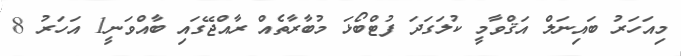
މިއަހަރު ބައިނަލް އަޤްވާމީ ކުލަގަދަ ފުޓްބޯޅަ މުބާރާތެއް ރާއްޖޭގައި ބާއްވަނީ1 އަހަރު 8